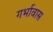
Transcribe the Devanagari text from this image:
गर्भावास